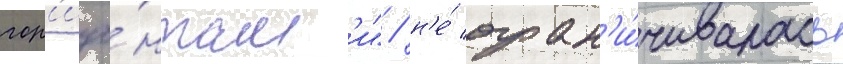
гор'изо́нтам'и" / н'е́ огран'и́чивалась